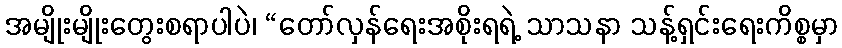
အမျိုးမျိုးတွေးစရာပါပဲ၊ “တော်လှန်ရေးအစိုးရရဲ့ သာသနာ သန့်ရှင်းရေးကိစ္စမှာ